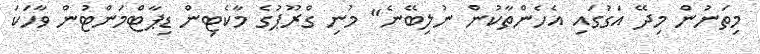
މިތަނުން މިދޭ އަގުގައި އެހެންތާކުން ނުލިބޭނެ" މުނި ގްރޫޕުގެ މާކެޓިން ޑިޕާޓްމަންޓުން ވާހަކަ